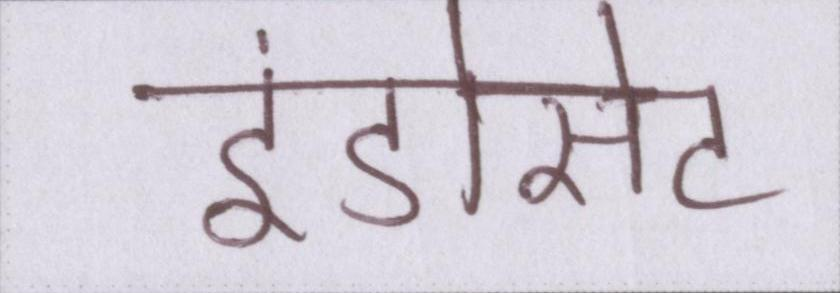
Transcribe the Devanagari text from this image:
इंडोसेट